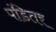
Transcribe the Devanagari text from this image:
पंडितर